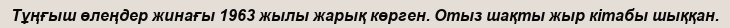
Тұңғыш өлеңдер жинағы 1963 жылы жарық көрген. Отыз шақты жыр кітабы шыққан.